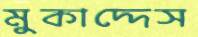
মুকাদ্দেস